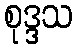
စုဒ္ဒသ